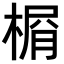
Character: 𣕋